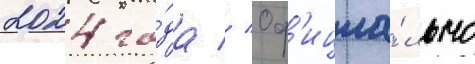
2024 го́да // Оф'ициа́льно